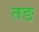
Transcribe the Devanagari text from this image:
तङ